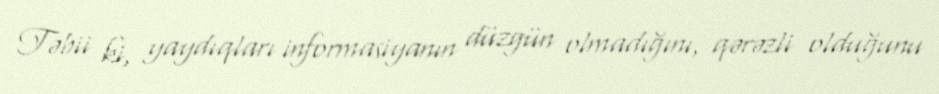
Təbii ki, yaydıqları informasiyanın düzgün olmadığını, qərəzli olduğunu